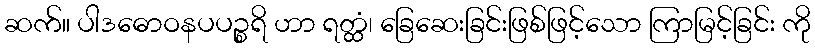
ဆက်။ ပါဒဓောဝနပပဉ္စရိ ဟာ ရတ္ထံ၊ ခြေဆေးခြင်းဖြစ်ဖြင့်သော ကြာမြင့်ခြင်း ကို